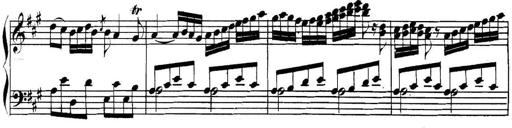
Title: Collected Piano Sonatas
Composer: Muzio Clementi